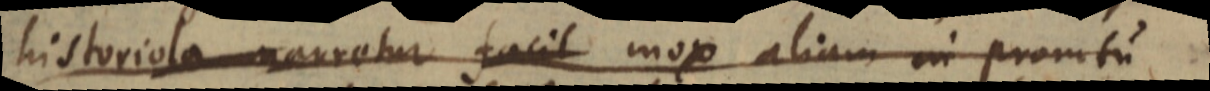
historiola narretur facil mox aliam in promtu